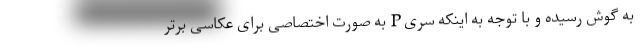
به گوش رسیده و با توجه به اینکه سری P به صورت اختصاصی برای عکاسی برتر